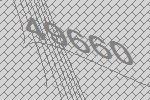
49660